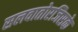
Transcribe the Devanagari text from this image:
सलवातोरजिसके